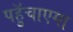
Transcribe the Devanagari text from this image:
पहुॅचाएगा